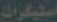
استيكرات